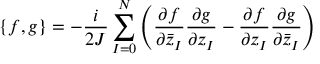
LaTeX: \{ f , g \} = - \frac { i } { 2 J } \sum _ { I = 0 } ^ { N } \left( \frac { \partial f } { \partial { \bar { z } } _ { I } } \frac { \partial g } { \partial z _ { I } } - \frac { \partial f } { \partial z _ { I } } \frac { \partial g } { \partial { \bar { z } } _ { I } } \right)